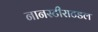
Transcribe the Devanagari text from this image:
नानस्टीराटडल